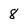
Character: 8